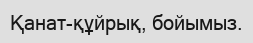
Қанат-құйрық, бойымыз.